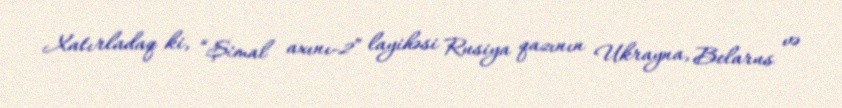
Xatırladaq ki, “Şimal axını-2” layihəsi Rusiya qazının Ukrayna, Belarus və